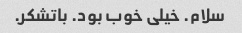
سلام. خیلی خوب بود. باتشکر.